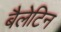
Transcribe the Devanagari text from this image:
बैलेटिन